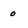
Character: 0